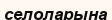
селоларына